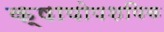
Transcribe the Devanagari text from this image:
क्षायोपशयिक